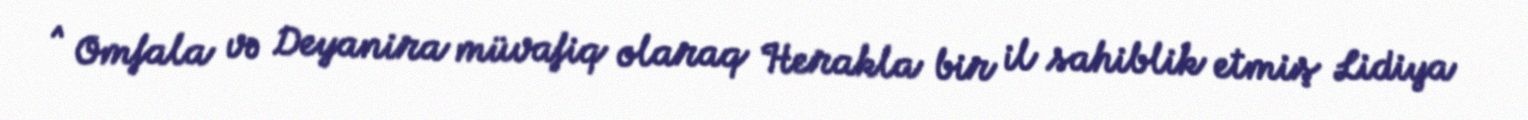
^ Omfala və Deyanira müvafiq olaraq Herakla bir il sahiblik etmiş Lidiya